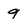
Character: 9